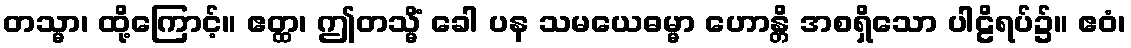
တသ္မာ၊ ထို့ကြောင့်။ ဧတ္ထ၊ ဤတသ္မိံ ခေါ ပန သမယေဓမ္မာ ဟောန္တိ အစရှိသော ပါဠိရပ်၌။ ဧဝံ၊